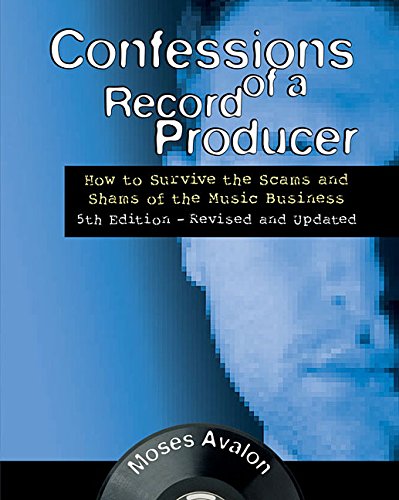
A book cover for Confessions of a Record Producer: How to Survive the Scams and Shams of the Music Business 5th Edition - Revised and Updated; Moses Avalon; Reference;